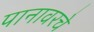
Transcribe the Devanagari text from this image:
पानावरचे